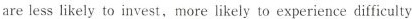
are less likely to invest,more likely to experience difficulty